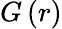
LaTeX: G\left(r\right)